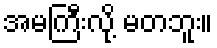
အမကြီးလို့ မတဘူး။